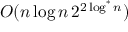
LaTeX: O ( n \log n \, 2 ^ { 2 \log ^ { * } n } )